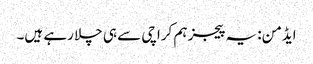
ایڈمن: یہ پیجز ہم کراچی سے ہی چلا رہے ہیں۔